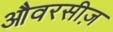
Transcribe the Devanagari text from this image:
औवरसीज़